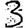
Digit: 3